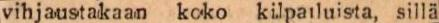
vihjaustakaan koko kilpailuista, sillä